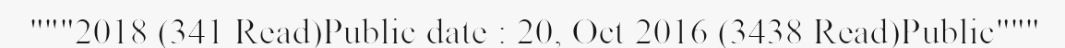
"""2018 (341 Read)Public date : 20, Oct 2016 (3438 Read)Public"""